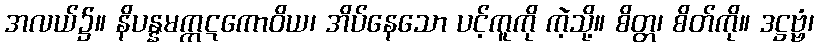
အလယ်၌။ နိပန္နမက္ကဋကောဝိယ၊ အိပ်နေသော ပင့်ကူကို ကဲ့သို့။ စိတ္တ၊ စိတ်ကို။ ဒဋ္ဌဗ္ဗံ၊